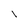
Character: I